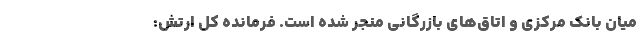
میان بانک مرکزی و اتاق‌های بازرگانی منجر شده است. فرمانده کل ارتش: